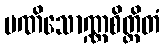
မဏိသောဏ္ဏစိတ္တိတံ